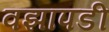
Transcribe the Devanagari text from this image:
वझापडी